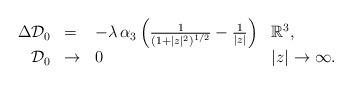
LaTeX: \begin{align*}\begin{array}{rlll}\Delta \mathcal{D}_0&=&-\lambda\,\alpha_3\,\Bigl(\frac{1}{(1+\vert z\vert^2)^{1/2}}-\frac{1}{\vert z\vert}\Bigr)& \mathbb{R}^3,\\\mathcal{D}_0&\rightarrow&0& \vert z\vert\rightarrow \infty.\end{array}\end{align*}